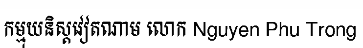
កម្មុយនិស្តវៀតណាម លោក Nguyen Phu Trong